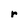
Character: r